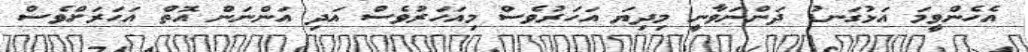
އެހެންވީމަ އަޅުގަނޑު ދަންނަވާނީ މިިދިޔަ އަަހަރުވެސް މިއަހަރުވެސް އަދި އަންނަން އޮތް އަހަރަށްވެސް